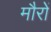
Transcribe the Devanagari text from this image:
मौरों